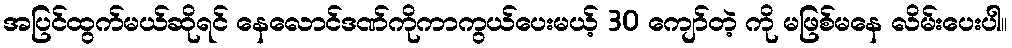
အပြင်ထွက်မယ်ဆိုရင် နေလောင်ဒဏ်ကိုကာကွယ်ပေးမယ့် 30 ကျော်တဲ့ ကို မဖြစ်မနေ လိမ်းပေးပါ။